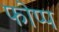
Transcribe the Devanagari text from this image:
फोप्प